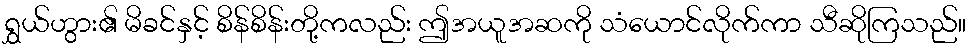
ရွှယ်ဟွား၏ မိခင်နှင့် စိန်စိန်းတို့ကလည်း ဤအယူအဆကို သံယောင်လိုက်ကာ သီဆိုကြသည်။